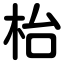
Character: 枱